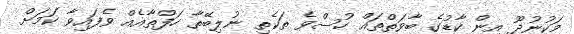
މަކުނުދޫ އިން ކާޑުގެ ބާވަތްތައް ހުސްވެ ތަކެތި ނުލިބޭތާ ހަފްތާއެއް ވެފައިވާ ކަމަށް